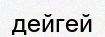
дейгей